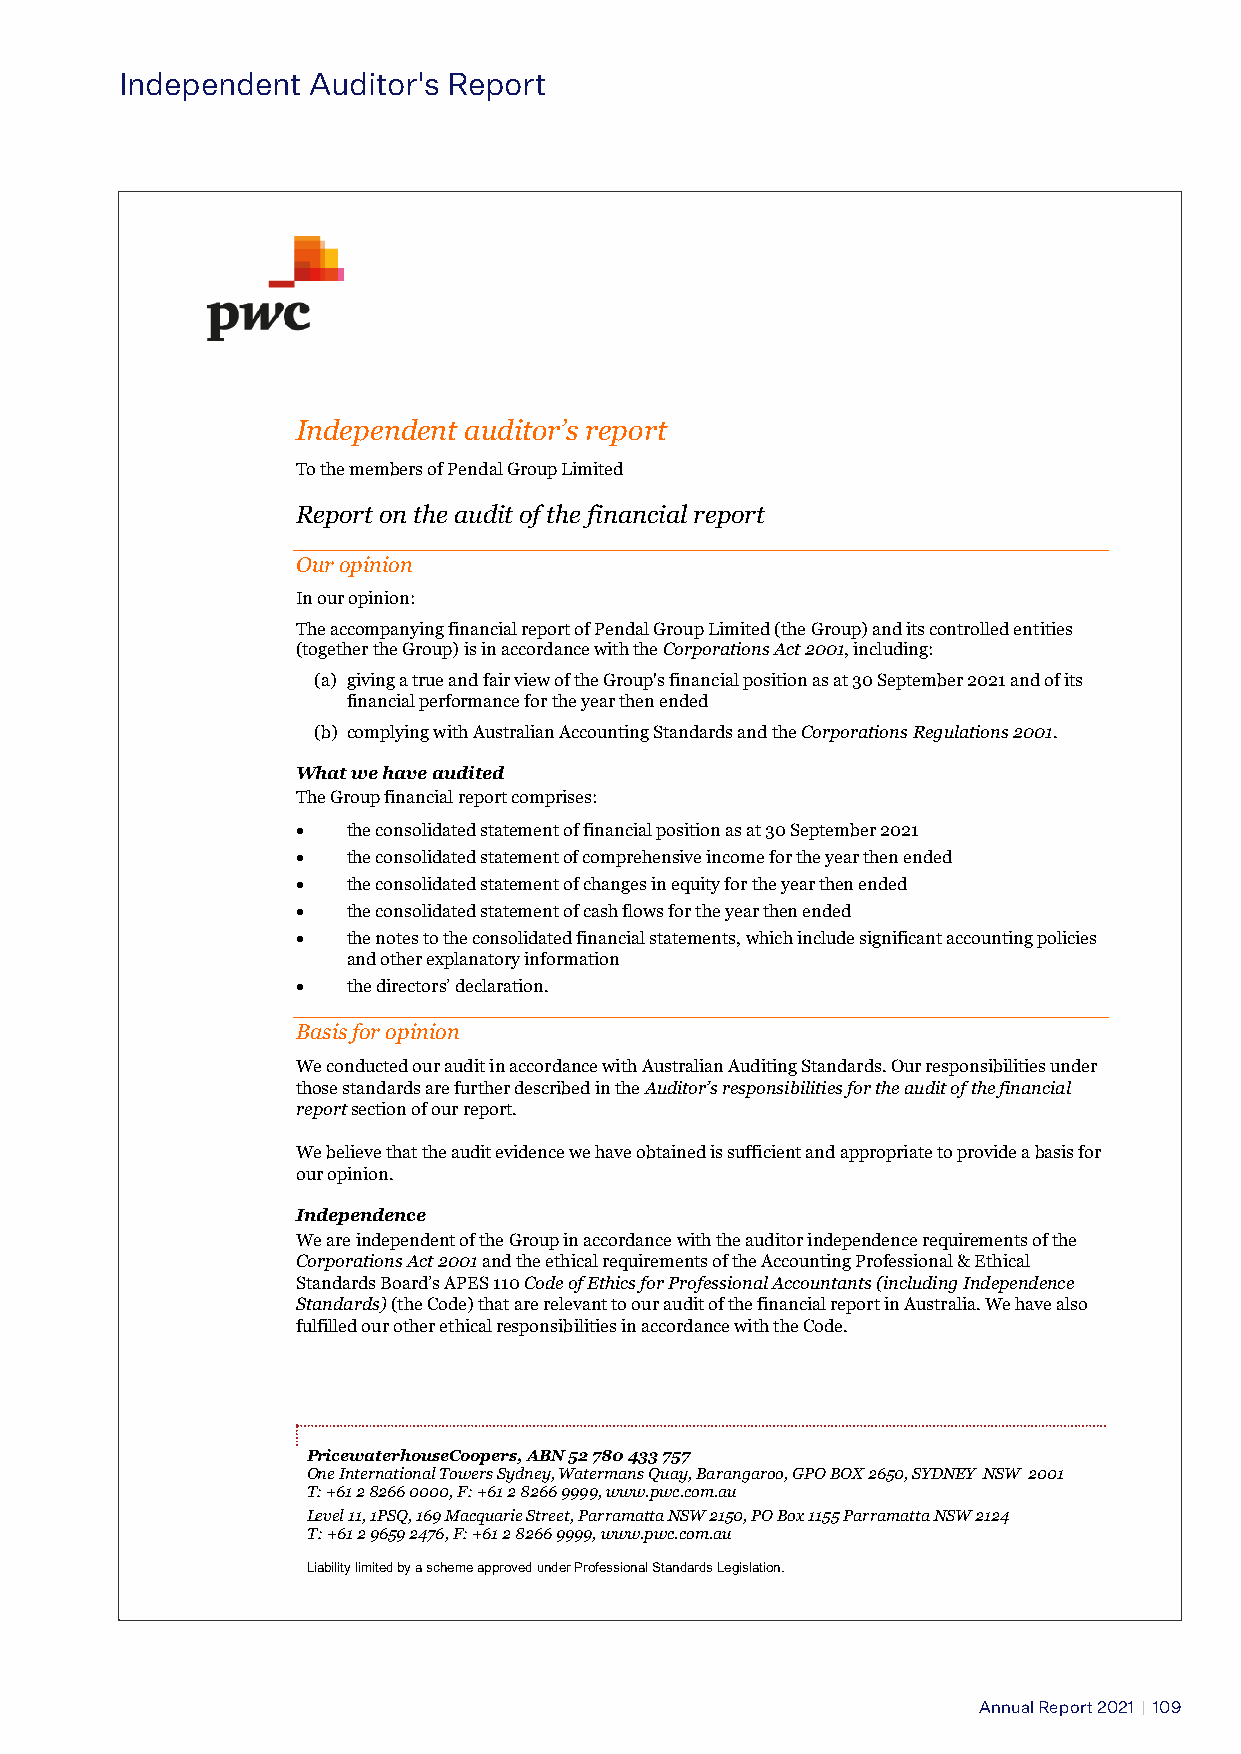
Independent Auditor's Report
 Independent auditor’s report
 To the members of Pendal Group Limited
 Report on the audit of the financial report
 Our opinion
 In our opinion:
 The accompanying financial report of Pendal Group Limited (the Group) and its controlled entities
 (together the Group) is in accordance with the Corporations Act 2001, including:
 (a) giving a true and fair view of the Group's financial position as at 30 September 2021 and of its
 financial performance for the year then ended
 (b) complying with Australian Accounting Standards and the Corporations Regulations 2001.
 What we have audited
 The Group financial report comprises:
 •  the consolidated statement of financial position as at 30 September 2021
 •  the consolidated statement of comprehensive income for the year then ended
 •  the consolidated statement of changes in equity for the year then ended
 •  the consolidated statement of cash flows for the year then ended
 •  the notes to the consolidated financial statements, which include significant accounting policies
 and other explanatory information
 •  the directors’ declaration.
 Basis for opinion
 We conducted our audit in accordance with Australian Auditing Standards. Our responsibilities under
 those standards are further described in the Auditor’s responsibilities for the audit of the financial
 report section of our report.
 We believe that the audit evidence we have obtained is sufficient and appropriate to provide a basis for
 our opinion.
 Independence
 We are independent of the Group in accordance with the auditor independence requirements of the
 Corporations Act 2001 and the ethical requirements of the Accounting Professional & Ethical
 Standards Board’s APES 110 Code of Ethics for Professional Accountants (including Independence
 Standards) (the Code) that are relevant to our audit of the financial report in Australia. We have also
 fulfilled our other ethical responsibilities in accordance with the Code.
 PricewaterhouseCoopers, ABN 52 780 433 757
 One International Towers Sydney, Watermans Quay, Barangaroo, GPO BOX 2650, SYDNEY NSW 2001
 T: +61 2 8266 0000, F: +61 2 8266 9999, www.pwc.com.au
 Level 11, 1PSQ, 169 Macquarie Street, Parramatta NSW 2150, PO Box 1155 Parramatta NSW 2124
 T: +61 2 9659 2476, F: +61 2 8266 9999, www.pwc.com.au
 Liability limited by a scheme approved under Professional Standards Legislation.
 Annual Report 2021 | 109